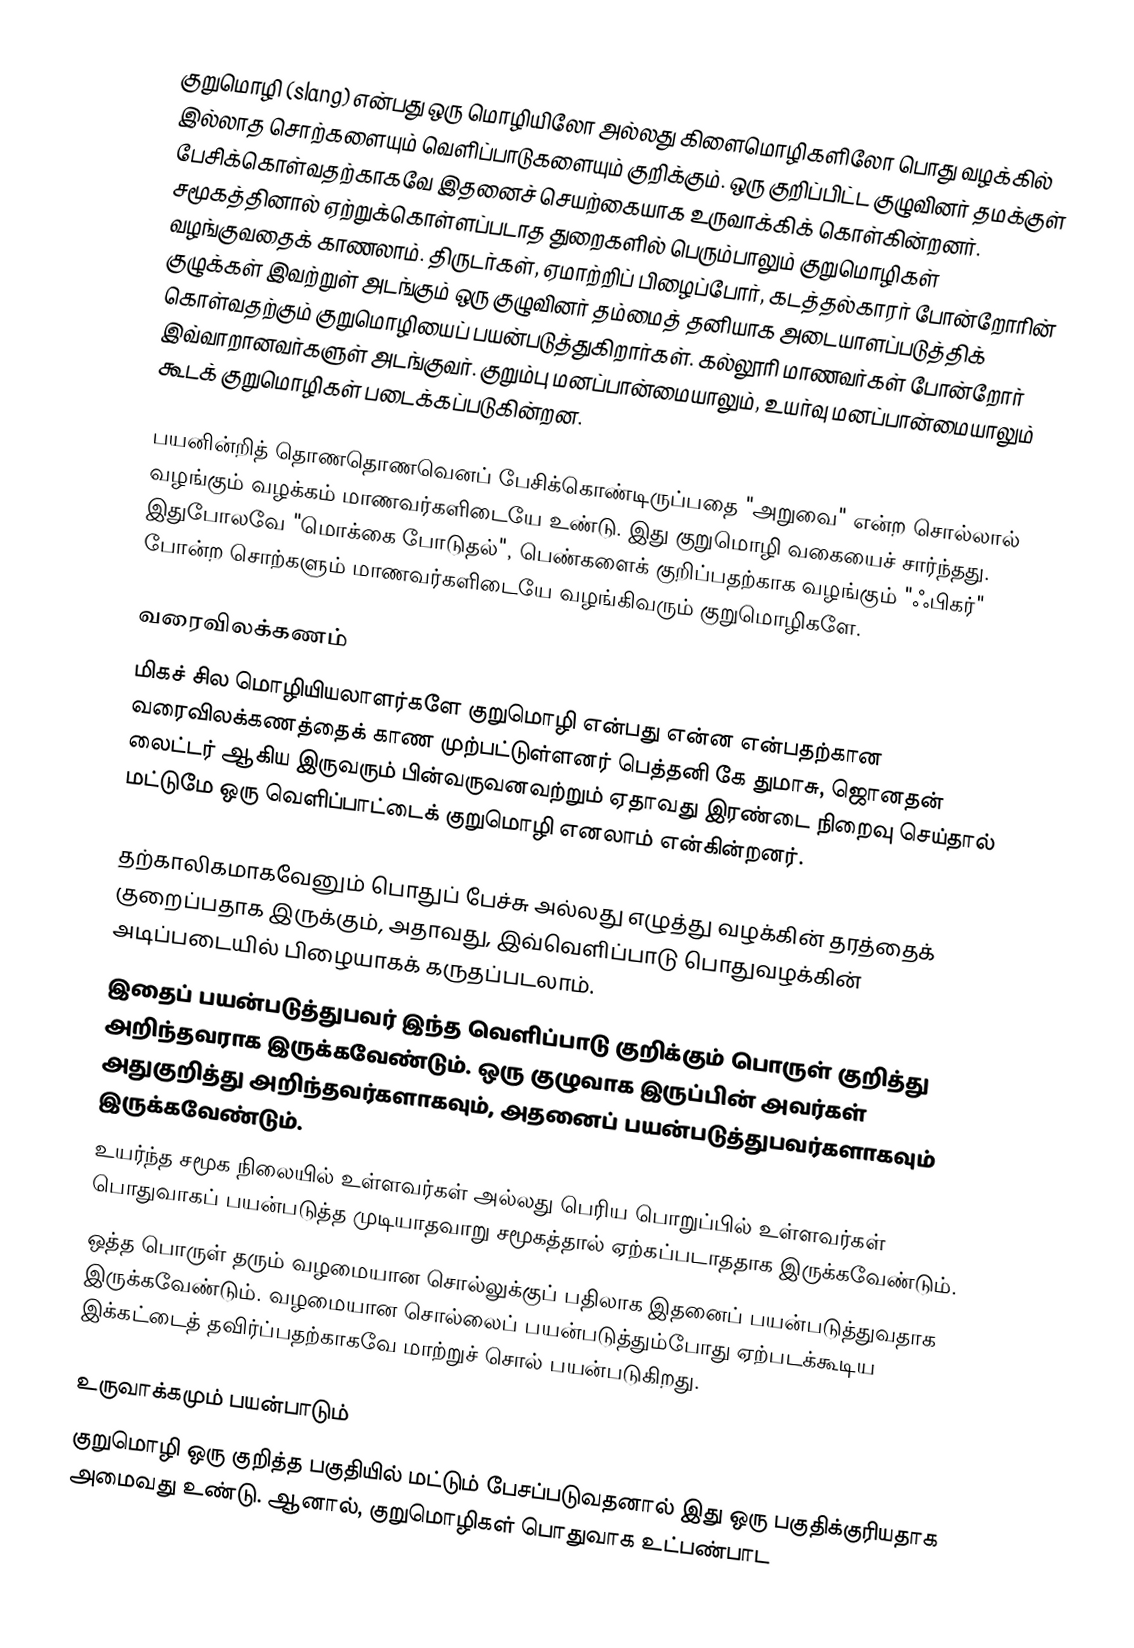
குறுமொழி (slang) என்பது ஒரு மொழியிலோ அல்லது கிளைமொழிகளிலோ பொது வழக்கில் இல்லாத சொற்களையும் வெளிப்பாடுகளையும் குறிக்கும். ஒரு குறிப்பிட்ட குழுவினர் தமக்குள் பேசிக்கொள்வதற்காகவே இதனைச் செயற்கையாக உருவாக்கிக் கொள்கின்றனர். சமூகத்தினால் ஏற்றுக்கொள்ளப்படாத துறைகளில் பெரும்பாலும் குறுமொழிகள் வழங்குவதைக் காணலாம். திருடர்கள், ஏமாற்றிப் பிழைப்போர், கடத்தல்காரர் போன்றோரின் குழுக்கள் இவற்றுள் அடங்கும் ஒரு குழுவினர் தம்மைத் தனியாக அடையாளப்படுத்திக் கொள்வதற்கும் குறுமொழியைப் பயன்படுத்துகிறார்கள். கல்லூரி மாணவர்கள் போன்றோர் இவ்வாறானவர்களுள் அடங்குவர். குறும்பு மனப்பான்மையாலும், உயர்வு மனப்பான்மையாலும் கூடக் குறுமொழிகள் படைக்கப்படுகின்றன.

பயனின்றித் தொணதொணவெனப் பேசிக்கொண்டிருப்பதை "அறுவை" என்ற சொல்லால் வழங்கும் வழக்கம் மாணவர்களிடையே உண்டு. இது குறுமொழி வகையைச் சார்ந்தது. இதுபோலவே "மொக்கை போடுதல்", பெண்களைக் குறிப்பதற்காக வழங்கும் "ஃபிகர்" போன்ற சொற்களும் மாணவர்களிடையே வழங்கிவரும் குறுமொழிகளே.

வரைவிலக்கணம்
மிகச் சில மொழியியலாளர்களே குறுமொழி என்பது என்ன என்பதற்கான வரைவிலக்கணத்தைக் காண முற்பட்டுள்ளனர் பெத்தனி கே துமாசு, ஜொனதன் லைட்டர் ஆகிய இருவரும் பின்வருவனவற்றும் ஏதாவது இரண்டை நிறைவு செய்தால் மட்டுமே ஒரு வெளிப்பாட்டைக் குறுமொழி எனலாம் என்கின்றனர்.

 தற்காலிகமாகவேனும் பொதுப் பேச்சு அல்லது எழுத்து வழக்கின் தரத்தைக் குறைப்பதாக இருக்கும், அதாவது, இவ்வெளிப்பாடு பொதுவழக்கின் அடிப்படையில் பிழையாகக் கருதப்படலாம்.
 இதைப் பயன்படுத்துபவர் இந்த வெளிப்பாடு குறிக்கும் பொருள் குறித்து அறிந்தவராக இருக்கவேண்டும். ஒரு குழுவாக இருப்பின் அவர்கள் அதுகுறித்து அறிந்தவர்களாகவும், அதனைப் பயன்படுத்துபவர்களாகவும் இருக்கவேண்டும்.
 உயர்ந்த சமூக நிலையில் உள்ளவர்கள் அல்லது பெரிய பொறுப்பில் உள்ளவர்கள் பொதுவாகப் பயன்படுத்த முடியாதவாறு சமூகத்தால் ஏற்கப்படாததாக இருக்கவேண்டும்.
 ஒத்த பொருள் தரும் வழமையான சொல்லுக்குப் பதிலாக இதனைப் பயன்படுத்துவதாக இருக்கவேண்டும். வழமையான சொல்லைப் பயன்படுத்தும்போது ஏற்படக்கூடிய இக்கட்டைத் தவிர்ப்பதற்காகவே மாற்றுச் சொல் பயன்படுகிறது.

உருவாக்கமும் பயன்பாடும்
குறுமொழி ஒரு குறித்த பகுதியில் மட்டும் பேசப்படுவதனால் இது ஒரு பகுதிக்குரியதாக அமைவது உண்டு. ஆனால், குறுமொழிகள் பொதுவாக உட்பண்பாட